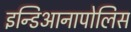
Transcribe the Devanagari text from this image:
इन्डिआनापोलिस